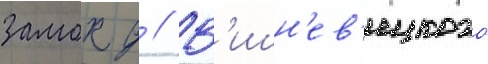
замок д // В'ишн'ев'ецкого